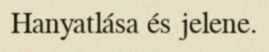
Hanyatlása és jelene.